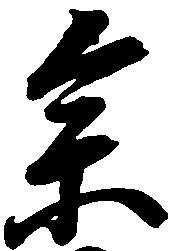
参